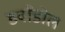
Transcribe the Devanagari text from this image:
डवाँडोल